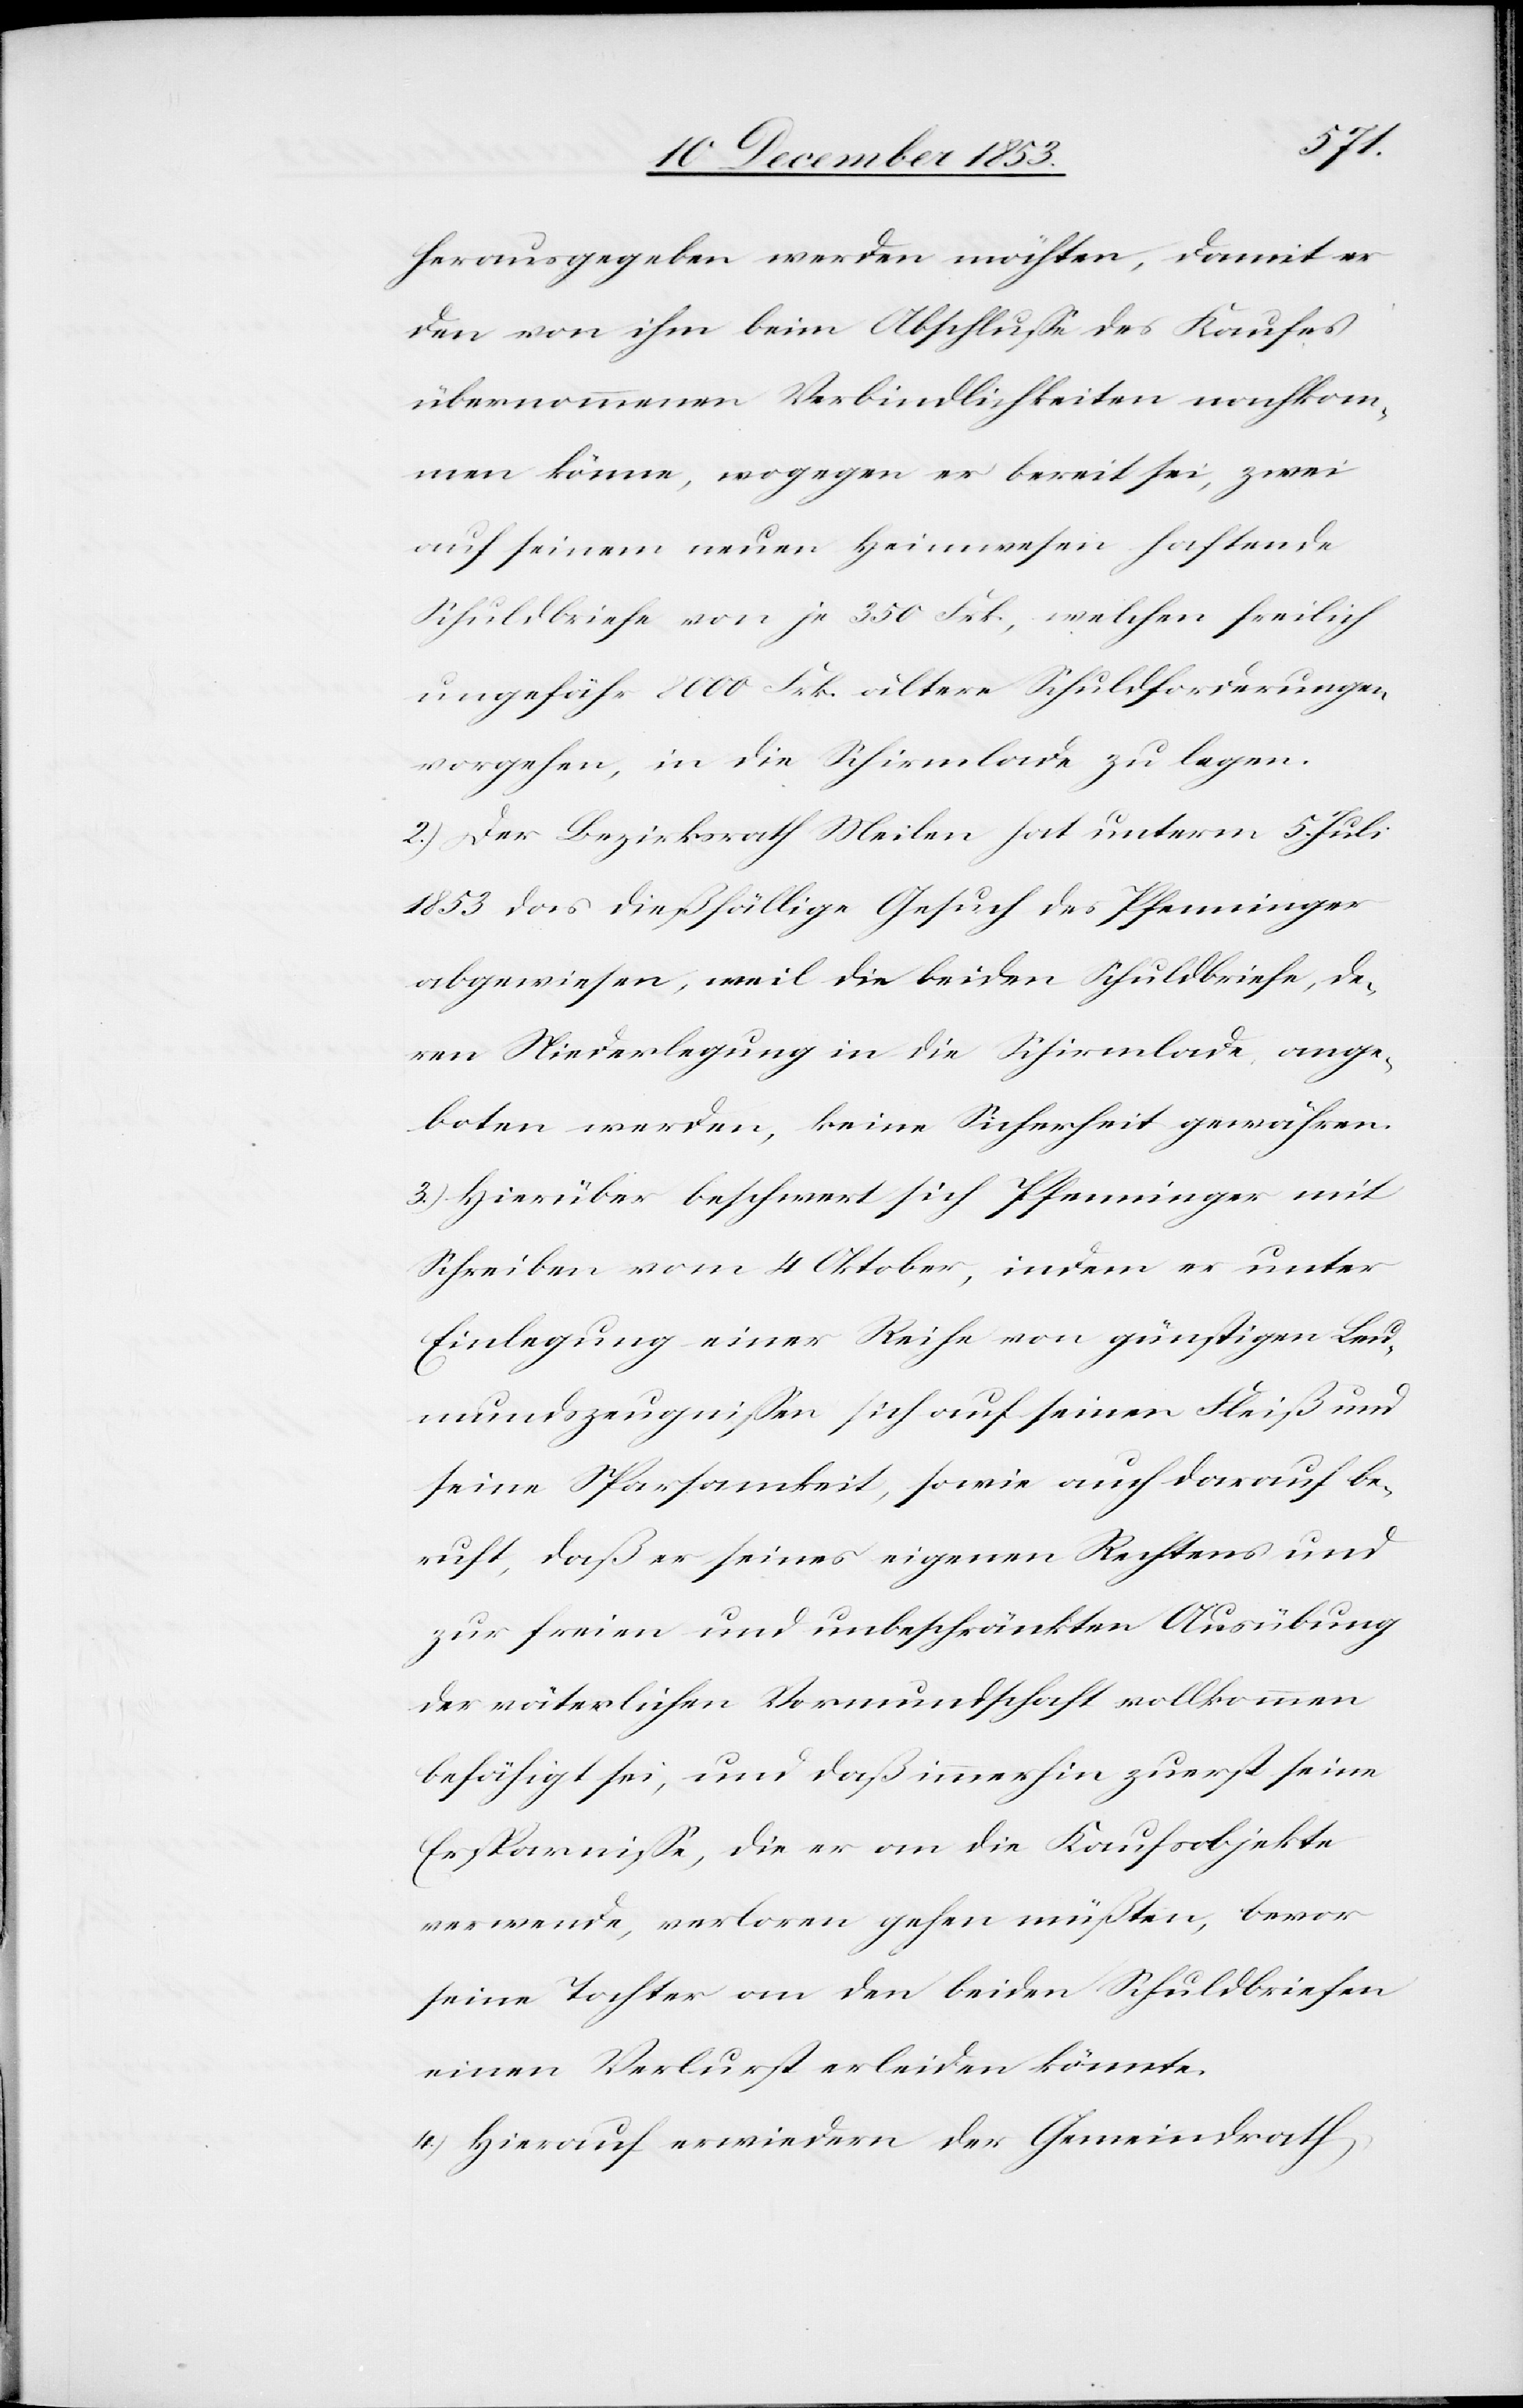
herausgegeben werden möchten, damit er
den von ihm beim Abschluße des Kaufes
übernommenen Verbindlichkeiten nachkom¬
men könne, wogegen er bereit sei, zwei
auf seinem neuen Heimwesen haftende
Schuldbriefe von je 350 Frk, welchen freilich
ungefähr 8000 Frk. ältere Schuldforderungen
vorgehen, in die Schirmlade zu legen.
2) Der Bezirksrath Meilen hat unterm 5 Juli
1853 das dießfällige Gesuch des Pfenninger
abgewiesen, weil die beiden Schuldbriefe, de¬
ren Niederlegung in die Schirmlade ange¬
boten werden, keine Sicherheit gewähren.
3) Hierüber beschwert sich Pfenninger mit
Schreiben vom 4 Oktober, indem er unter
Einlegung einer Reihe von günstigen Leu¬
mundszeugnißen sich auf seinen Fleiß und
seine Sparsamkeit, sowie auch darauf be¬
ruft, daß er seines eigenen Rechtens und
zur freien und unbeschränkten Ausübung
der väterlichen Vormundschaft vollkommen
befähigt sei, und daß immerhin zuerst seinen
Ersparniße, die er an die Kaufsobjekte
verwende, verloren gehen müßten, bevor
seine Tochter an den beiden Schuldbriefen
einen Verlust erleiden könnte.
4.) Hierauf erwiedern der Gemeindrath,